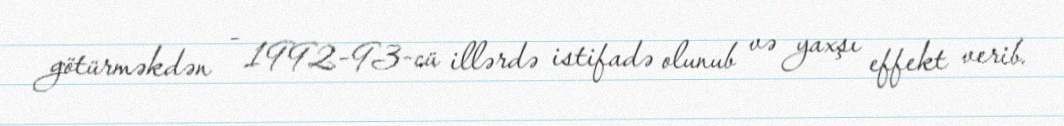
götürməkdən - 1992-93-cü illərdə istifadə olunub və yaxşı effekt verib.